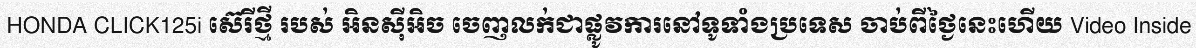
HONDA CLICK125i ស៊េរីថ្មី របស់ អិនស៊ីអិច ចេញលក់ជាផ្លូវការនៅទូទាំងប្រទេស ចាប់ពីថ្ងៃនេះហើយ Video Inside